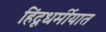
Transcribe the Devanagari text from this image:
हिंदूधर्मीयात